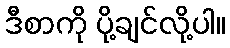
ဒီစာကို ပို့ချင်လို့ပါ။